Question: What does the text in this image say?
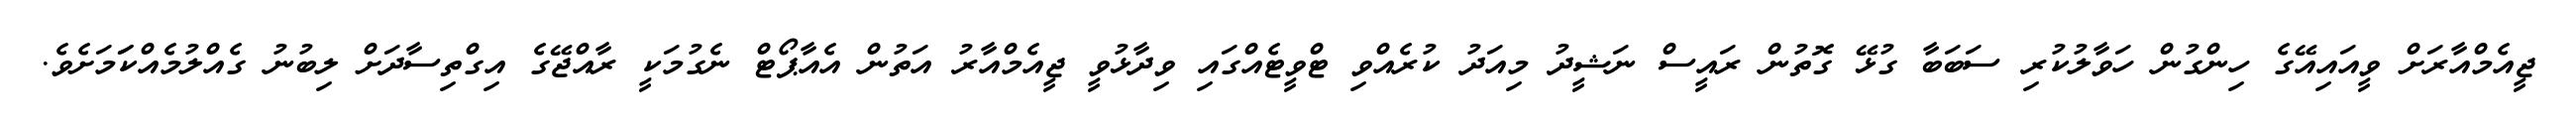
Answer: ޖީއެމްއާރަށް ވީއައިއޭގެ ހިންގުން ހަވާލުކުރި ސަބަބާ ގުޅޭ ގޮތުން ރައީސް ނަޝީދު މިއަދު ކުރެއްވި ޓްވީޓެއްގައި ވިދާޅުވީ ޖީއެމްއާރު އަތުން އެއާޕޯޓް ނެގުމަކީ ރާއްޖޭގެ އިގްތިސާދަށް ލިބުނު ގެއްލުމެއްކަަމަށެވެ.